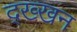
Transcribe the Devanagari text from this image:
द्ख्खन